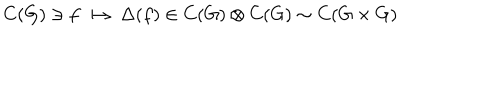
LaTeX: C ( G ) \ni f \longmapsto \Delta ( f ) \in C ( G ) \otimes C ( G ) \sim C ( G \times G )